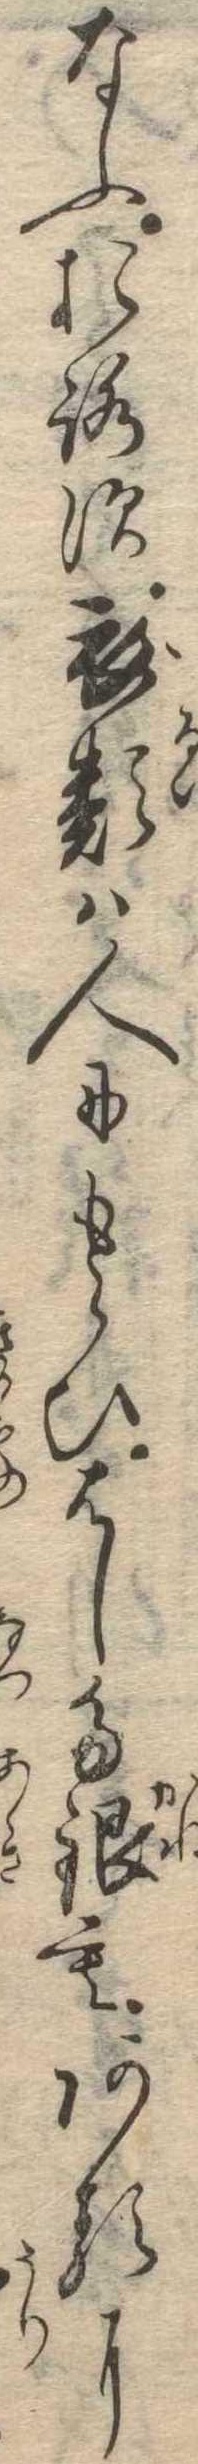
なふおろす衣類は人にもらひはした銀もあるに